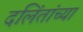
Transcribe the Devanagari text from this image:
दलिंतांच्या